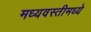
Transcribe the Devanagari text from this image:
मध्यवस्तीमध्ये